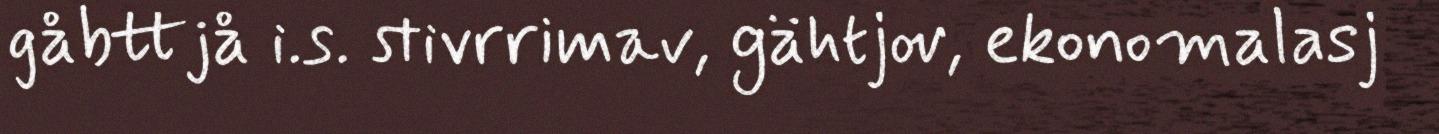
gåbttjå i.s. stivrrimav, gähtjov, ekonomalasj